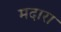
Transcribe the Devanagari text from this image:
मदारा